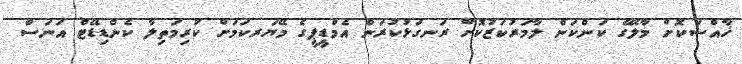
ޚާއްސަކޮށް މާލޭގެ ކަންކަން ލާމަރުކަޒުކޮށް ރަނގަޅުކުރަން އެމްޑީޕީގެ މޭޔަރކަމަށް ކުރިމަތިލާ ކެންޑިޑޭޓް އަނަސް